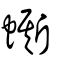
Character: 蟖